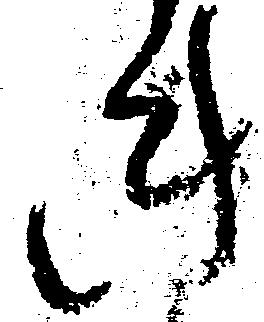
き